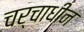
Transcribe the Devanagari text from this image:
चर्चाधीन